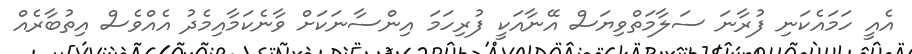
އެއީ ހަމައެކަނި ފުރާނަ ސަލާމަތްވިޔަސް އޭނާއަކީ ފުރިހަމަ އިންސާނަކަށް ވާނެކަމާއިމެދު އެއްވެސް އިތުބާރެއް